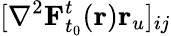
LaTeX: [\mathbf{\nabla}^{2}\mathbf{F}_{t_{0}}^{t}(\mathbf{r})\mathbf{r}_{u}]_{ij}